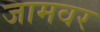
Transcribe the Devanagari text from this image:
जामवर